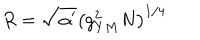
LaTeX: R = \sqrt { \alpha ^ { \prime } } \left( g _ { Y M } ^ { 2 } N \right) ^ { 1 / 4 }